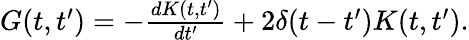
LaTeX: \begin{array}{r}{G(t,t^{\prime})=-\frac{dK(t,t^{\prime})}{dt^{\prime}}+2\delta(t-t^{\prime})K(t,t^{\prime}).}\end{array}